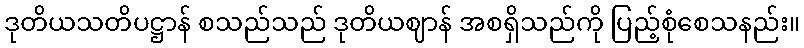
ဒုတိယသတိပဋ္ဌာန် စသည်သည် ဒုတိယဈာန် အစရှိသည်ကို ပြည့်စုံစေသနည်း။